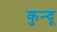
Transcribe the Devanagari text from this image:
कुन्दू